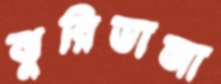
ঝুরিভাজা